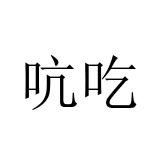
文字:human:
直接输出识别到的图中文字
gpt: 吭吃